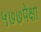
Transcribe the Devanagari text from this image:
५७७पेक्षा